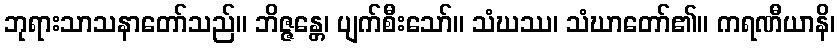
ဘုရားသာသနာတော်သည်။ ဘိဇ္ဇန္တေ၊ ပျက်စီးသော်။ သံဃဿ၊ သံဃာတော်၏။ ကရဏီယာနိ၊